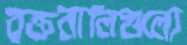
রক্তনালিগুলো